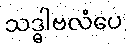
သဒ္ဓါဗလံပေ